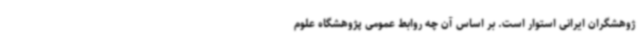
ژوهشگران ایرانی استوار است. بر اساس آن چه روابط عمومی پژوهشگاه علوم